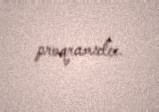
proqramıdır.